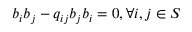
b _ { i } b _ { j } - q _ { i j } b _ { j } b _ { i } = 0 , \forall i , j \in S